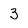
Character: 3